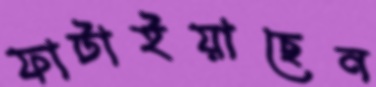
ফাটাইয়াছেন